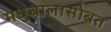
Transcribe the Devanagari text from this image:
मधुबालासोबत